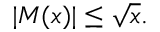
| M ( x ) | \leq { \sqrt { x } } .